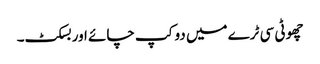
چھوٹی سی ٹرے میں دو کپ چائے اور بسکٹ۔